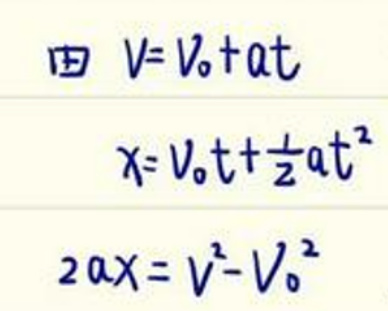
\[
\begin{align*}
\because v&=v_0 + at\\
x&=v_0t+\frac{1}{2}at^2\\
2ax&=v^2 - v_0^2
\end{align*}
\]